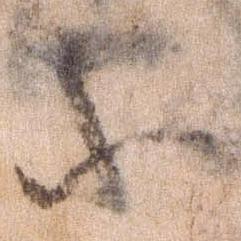
等